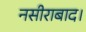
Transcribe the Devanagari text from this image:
नसीराबाद।